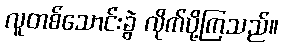
လူတစ်သောင်းခွဲ လိုက်ပို့ကြသည်။